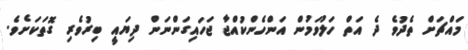
މައްޗަށް ތެދުވެ ދެ އަތް ހަލުވަމުން އަންހެންކުއްޖާ ޖަހައިގަންނަން ދިޔައީ ބިރުވެރި ގޮތަކަށެވެ.